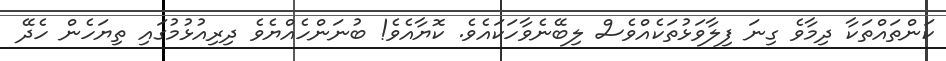
ކަންތައްތަކާ ދިމާވެ ގިނަ ފިލާވަޅުތަކެއްވެސް ލިބޭނެވާހަކައެވެ. ކޮޔާއެވެ! ބުނަންހެއްޔެވެ ދިރިއުޅުމުގައި ތިޔަހެން ހެދޭ